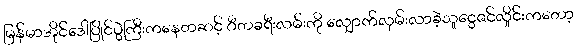
မြန်မာအိုင်ဒေါပြိုင်ပွဲကြီးကနေတဆင့် ဂီတခရီးလမ်းကို လျှောက်လှမ်းလာခဲ့သူငွေဇင်လှိုင်းကတော့